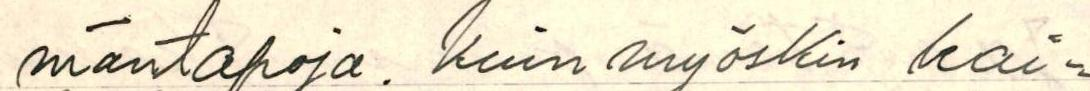
mäntapoja . kuin myöskin kai-